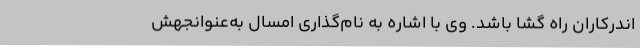
اندرکاران راه گشا باشد. وی با اشاره به نام‌گذاری امسال به‌عنوانجهش